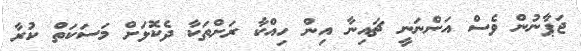
ޖަޕާނުން ވެސް އަންނަނީ ޗައިނާ އިން ހިއްކާ ރަށްތަކާ ދެކޮޅަށް މަސަކަތް ކުރާ